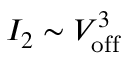
I _ { 2 } \sim V _ { \mathrm { o f f } } ^ { 3 }